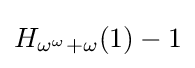
H_{\omega ^{\omega }+\omega }(1)-1